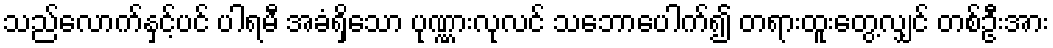
သည်လောက်နှင့်ပင် ပါရမီ အခံရှိသော ပုဏ္ဏားလုလင် သဘောပေါက်၍ တရားထူးတွေ့လျှင် တစ်ဦးအား